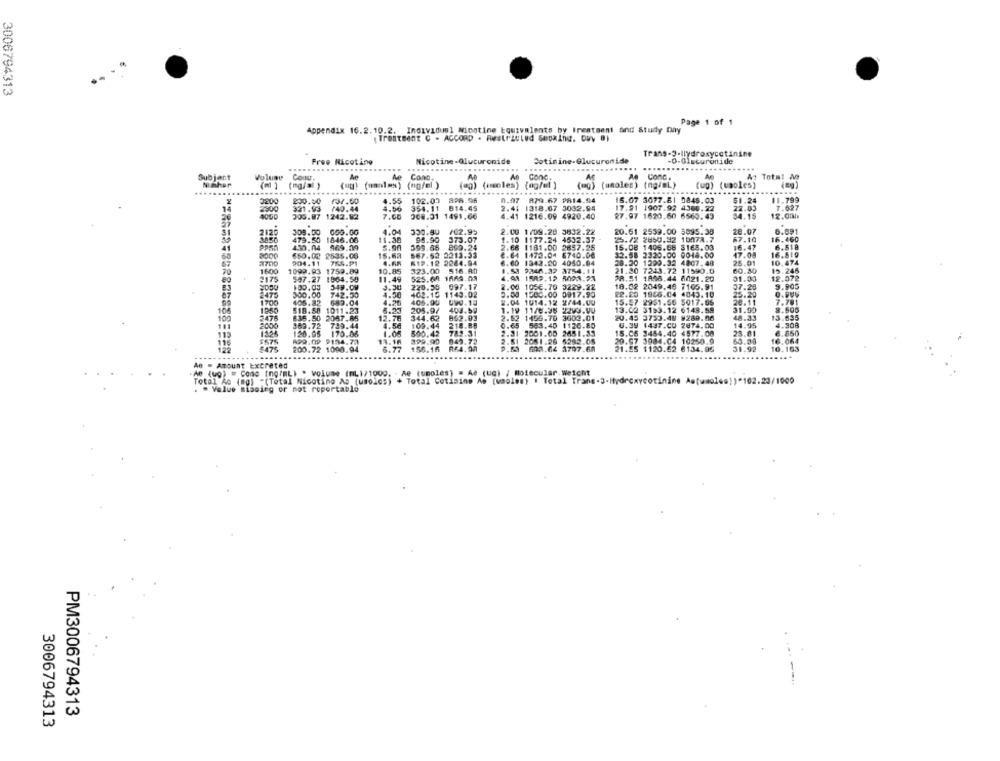
3006794313
Page 1 of 1
Appendix 16.2.10.2. Individual Nicotine Equivalents by Irwatsent and Study Day
Treatment C - ACCORD . Restricted Seualnie. Owy 8)
Trans-3-Hydroxycetinine
Free Nicotine
Nicotine-Glucuronide
Cotinine-Glucuronide
-0-Olscuronide
....
...
Wo luny
Cont.
Ae Cono,
Conc,
An Conc.
Subjent
Az Total A
...
Nunhar
(mg/ml )
(ag) (umnlms) (ng/ml )
....
......
(@0) (moles) (ng/el )
(mg) (unoles) (ng/ML)
(up) (vaoles)
0200
898.95
n.a7
879.67 9814.94
16.07 3077.B1 0845.03
200.50
4.55
102.07
51.24
11.79
34
2300
4000
321.93
/40.44
4.50
354.11
814.45
2.4: 1318.07 3032.94
17.91 1907.92 4360.22
22.03
305.07
1242.82
7.60
308.31 1491.66
4.41 1216.09 4920.40
27.97 1620.60 6560.43
34.15
12.00/
51
2126
308.00
060.00
4.04
/02.92
2.00 1/09.28 3632.22
20.61 2539.00 5995.38
28.07
8.891
479.50
1846.06
11.30
98.90
373.07
1.10 1177.24 4632.37
25.72 2850.32 10078.7
67.10
16.460
41
430.04
469.09
5.90
399.85
890.24
2.68 1181.00 2857.25
15.08 1406.68 3165.03
16.47
6.518
68
3000
650.02 2535.06
15.63
567.52 2213.33
8.64 1472.04 6740.00
32.88 2320.00 0014.00
17.08
16.519
204.11 755.91
4.68
61P.12 2284.94
6.60 1342.20 4050.04
28.20 1200.32 4807.48
25.01
10.474
1600
1099.93 1759.89
10.85
323.00 516.80
1.51 924A.32 3754.11
21.80 7243.72 11590.0
60.30
15.246
2175
507.27 1864.59
11.49
525.68 1669.00
4.81 1509.12 5098.24
SA.51 1808.44 6021.20
91.03
12.072
349.09
220.36
097.17
2.00 1056.70 3229.22
18.02 2049.46 7105.91
07.28
9.905
07
2475
300.00
742.50
1.50
462.15 1143.02
5.00 1500.00 0917.99
22.20 1956.04 4043.10
25.20
405.82
683.04
4.20
405.00 099.15
2.04 1014.12 2/44.00
15.87 2951.56 5017.06
26.11
7.781
1080
518.58 1011.23
205.9/
400.59
1.19 11/0.38 2203.40
13.02 3193.12 6148.58
31.00
8.506
3476
344.62
862.93
2.62 1456.70 3600.01
20.45 3753.48 9289.06
48.33
13.635
2000
109.44
218.88
0.65 563.40 1120.80
0.39 1437.CO 2874.00
14.35
4.308
783.31
2.31 2001.00 2451.33
15.6
23.81
6.860
$575
399.90
049.72
20.9
20.67 3084.04 10250.9
63.30
16.064
£475
200.72 1090.94
150.16
R$4.92
21.55 1120.62 6134.05
31.92
10.163
.................
.....
.....
4e = Amount Excreted
AB (up) = Como tno/mLi . volume (mLi/1009, - Ae (umoles) = Ae (ug) / molecular. Weicht
Total Ao (mg) "(Total Nicotine As (usoles) + Total Cotimine As (vaoles) | Total Trane-3-Hydroxycotinine Astuaoles!)*102.23/1000
. . Value mibeing or not roportable
PM3006794313
3006794313